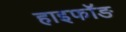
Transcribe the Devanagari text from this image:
हाइफॉङ